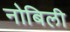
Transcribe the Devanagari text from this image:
नोबिली